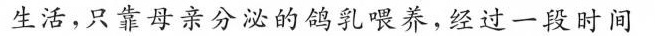
生活，只靠母亲分泌的鸽乳喂养经过一段时间